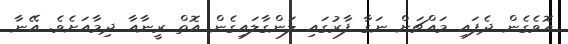
އޮވެގެން ދެފައި މައްޗަށް ނަގާ ފާރުގައި ލަންގާލައިގެން އޮތް ރީނާއާ ދިމާއަށެވެ. އޭނާ